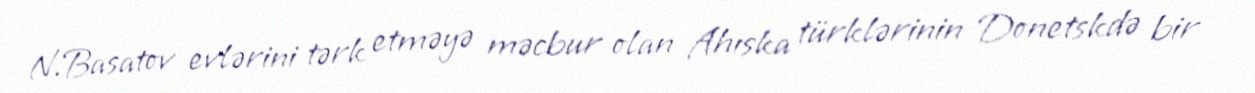
N.Basatov evlərini tərk etməyə məcbur olan Ahıska türklərinin Donetskdə bir